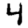
Digit: 4